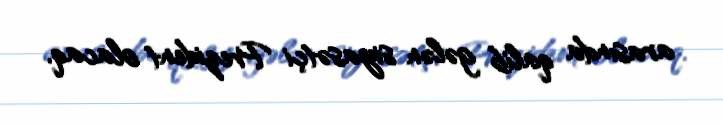
arasında qalib gələn siyasətçi Prezident olacaq.